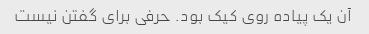
آن یک پیاده روی کیک بود. حرفی برای گفتن نیست